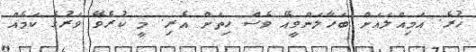
ހުރެ. އަމިއްލައަށް ބަހާލަންވީއޭ ވެސް ހިތަށް އެރި. މީ ކުރެވޭ ވަރުގެ ކަމެއް